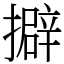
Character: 擗